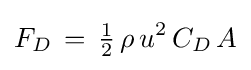
F_{D}\,=\,{\tfrac {1}{2}}\,\rho \,u^{2}\,C_{D}\,A